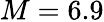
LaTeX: M=6.9